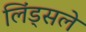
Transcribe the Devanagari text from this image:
लिंड्सले